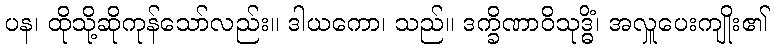
ပန၊ ထိုသို့ဆိုကုန်သော်လည်း။ ဒါယကော၊ သည်။ ဒက္ခိဏာဝိသုဒ္ဓိံ၊ အလှူပေးကျိုး၏